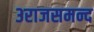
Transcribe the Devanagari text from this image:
३राजसमन्द